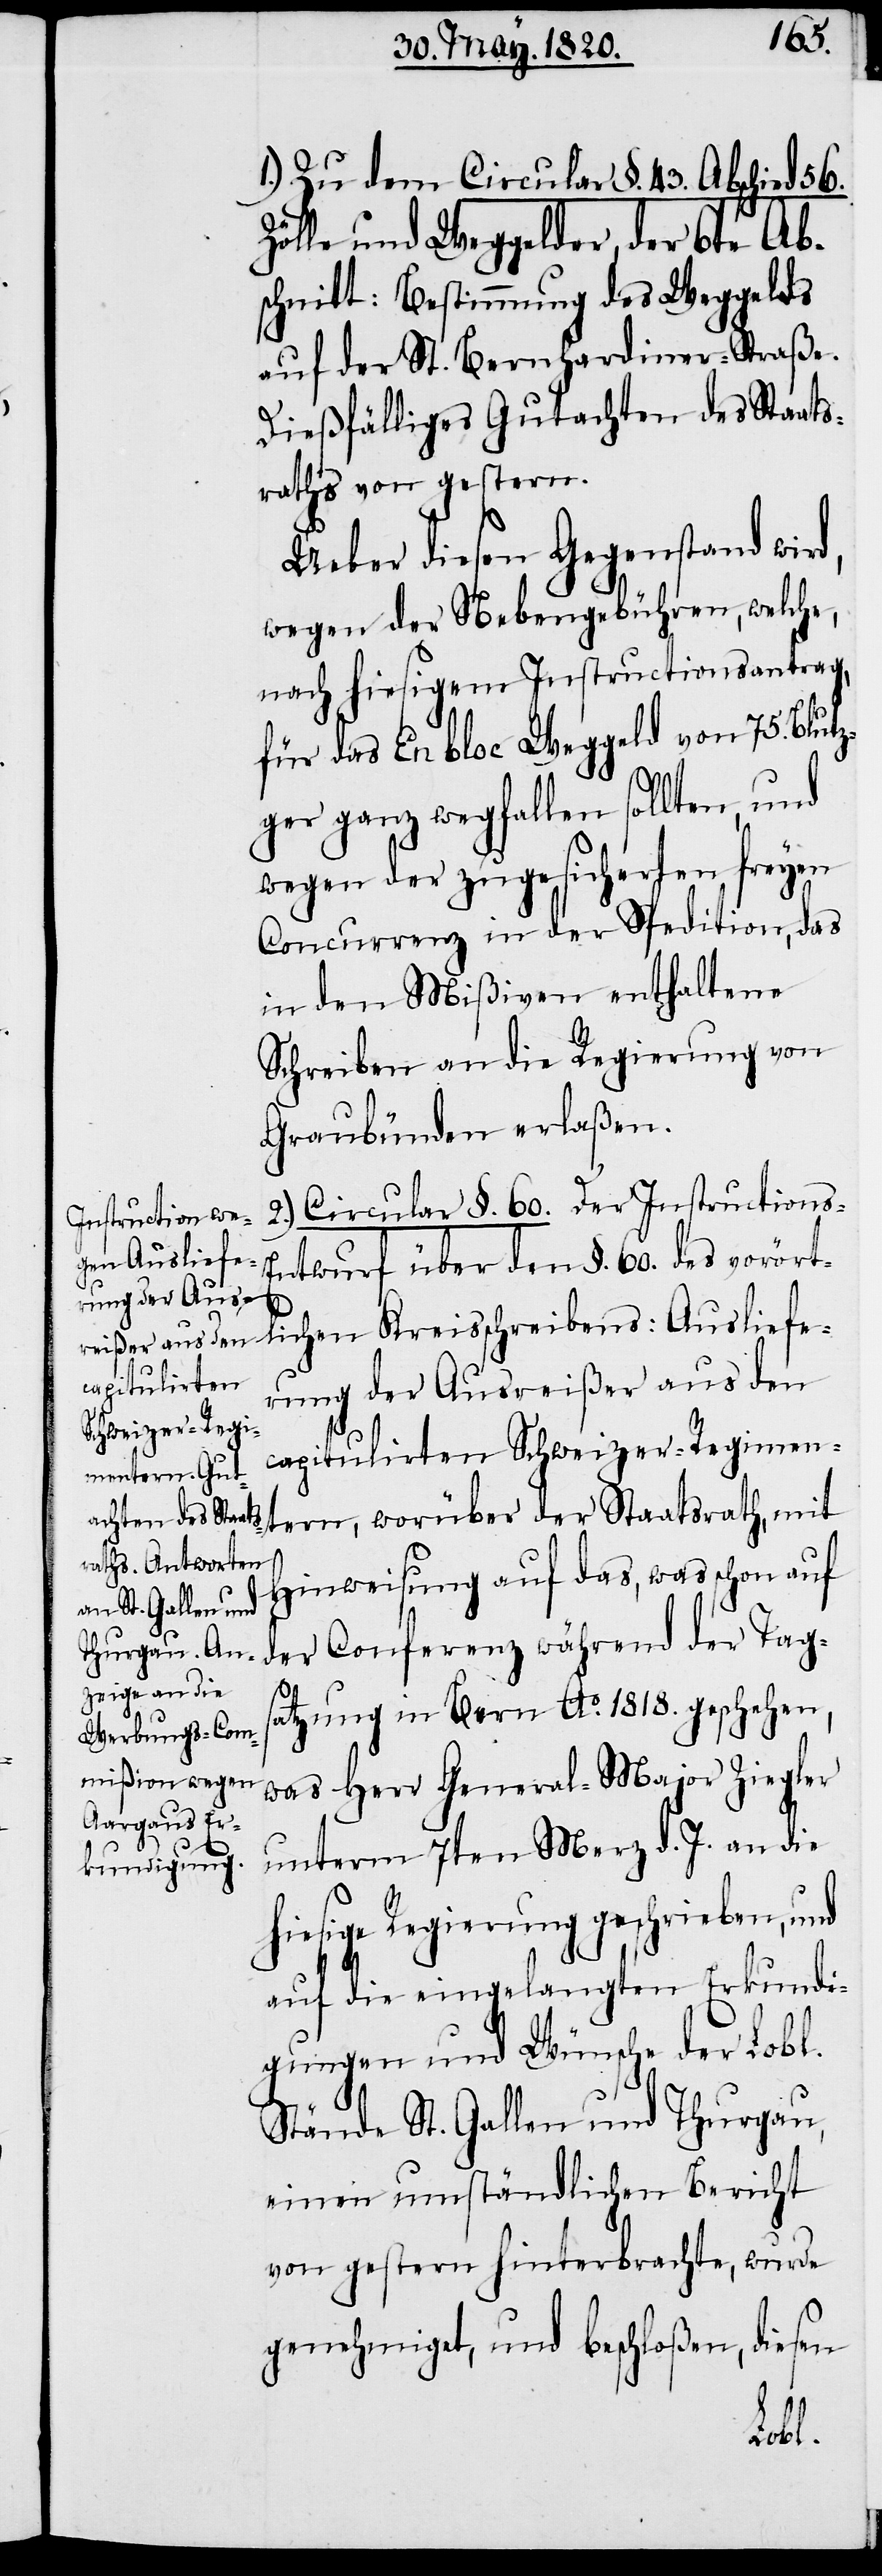
1.) Zu dem Circular §. 43. Abschied 56.
Zölle und Weggelder, der 6te Ab¬
schnitt: Bestimmung des Weggelds
auf der St. Bernhardiner-Straße.
Dießfälliges Gutachten des Staats¬
raths von gestern.
Ueber diesen Gegenstand wird,
wegen der Nebengebühren, welche,
nach hiesigem Instructionsantrag,
für das En bloc Weggeld von 75. Blut¬
zger ganz wegfallen sollten, und
wegen der zugesicherten freyen
Concurrenz in der Spedition, das
in den Mißiven enthaltene
Schreiben an die Regierung von
Graubünden erlaßen.
2.) Circular §. 60. Der Instructions-E¬
ntwurf über den §. 60. des vorört¬
lichen Kreisschreibens: Ausliefe¬
rung der Ausreißer aus den
capitulirten Schweizer-Regimen¬
tern, worüber der Staatsrath, mit
Hinweisung auf das, was schon auf
der Conferenz während der Tag¬
satzung in Bern Ao. 1818. geschehen,
was Herr General-Major Ziegler
unterm 7ten Merz d. J. an die
hiesige Regierung geschrieben, und
auf die eingelangten Erkundi¬
gungen und Wünsche der Lobl.
Stände St. Gallen und Thurgau,
einen umständlichen Bericht
von gestern hinterbrachte, wurde
genehmiget, und beschloßen, diesen